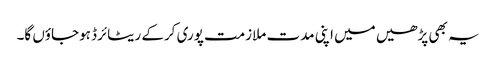
یہ بھی پڑھیں میں اپنی مدت ملازمت پوری کرکے ریٹائرڈ ہوجاؤں گا۔